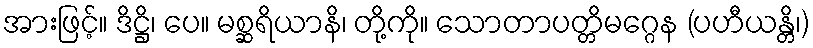
အားဖြင့်။ ဒိဋ္ဌိ၊ ပေ။ မစ္ဆရိယာနိ၊ တို့ကို။ သောတာပတ္တိမဂ္ဂေန (ပဟီယန္တိ၊)